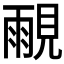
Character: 𰴒